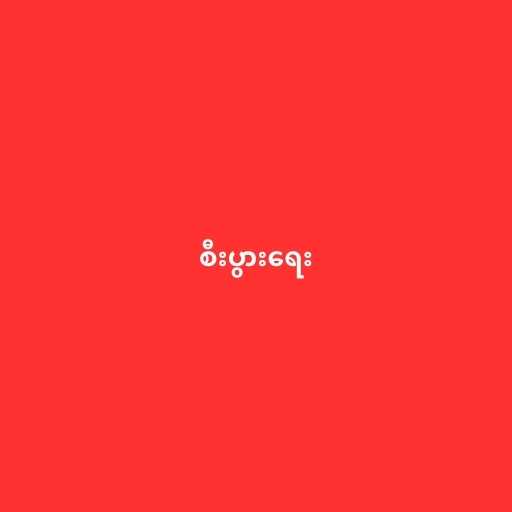
စီးပွားရေး